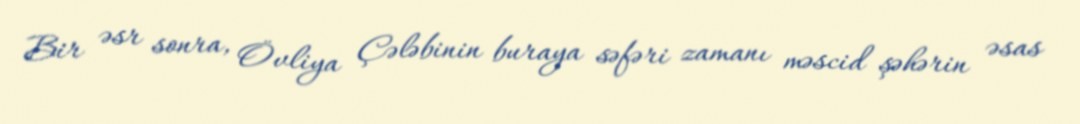
Bir əsr sonra, Övliya Çələbinin buraya səfəri zamanı məscid şəhərin əsas